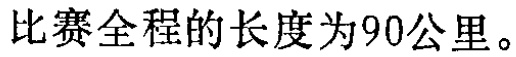
比赛全程的长度为90公里。